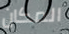
المكان